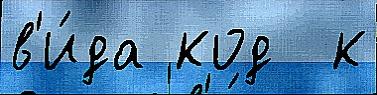
в'и́да код  к